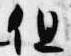
但